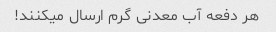
هر دفعه آب معدنى گرم ارسال میکنند!